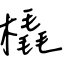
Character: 橇